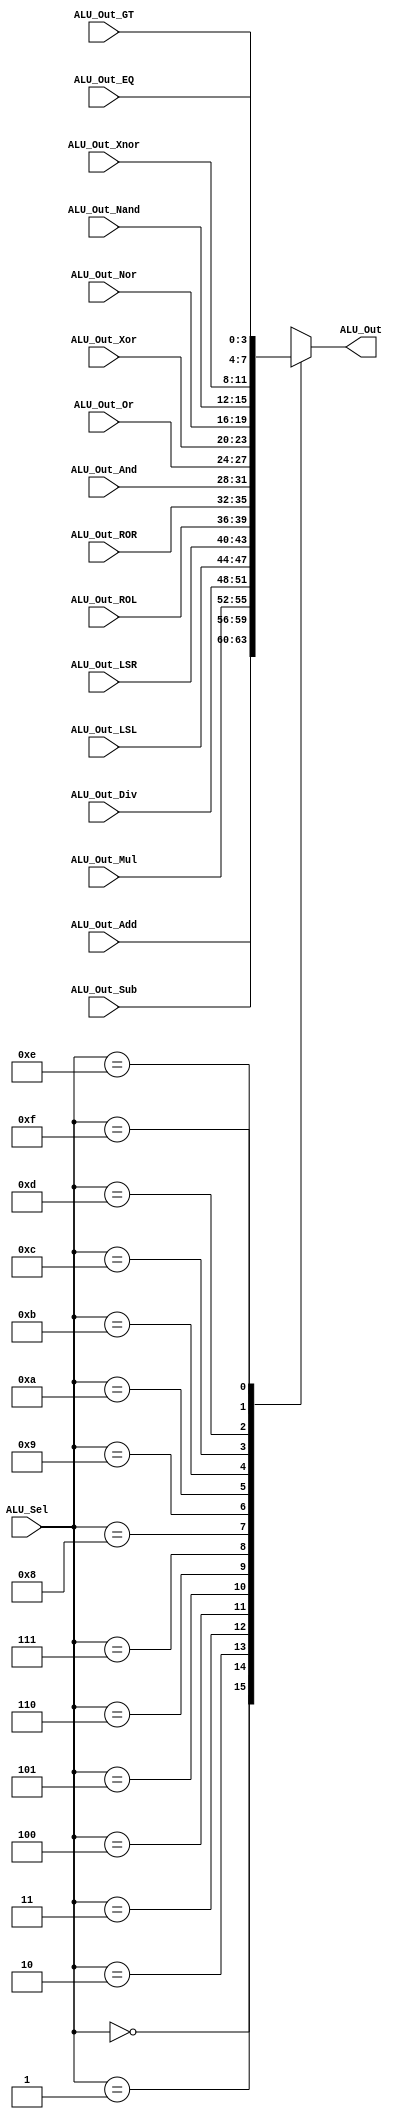
module Selection(
output [3:0] ALU_Out,
input [3:0] ALU_Sel,
input [3:0] ALU_Out_Add,
input [3:0] ALU_Out_Sub,
input [3:0] ALU_Out_Mul,
input [3:0] ALU_Out_Div,
input [3:0] ALU_Out_LSL,
input [3:0] ALU_Out_LSR,
input [3:0] ALU_Out_ROL,
input [3:0] ALU_Out_ROR,
input [3:0] ALU_Out_And,
input [3:0] ALU_Out_Or,
input [3:0] ALU_Out_Xor,
input [3:0] ALU_Out_Nor,
input [3:0] ALU_Out_Nand,
input [3:0] ALU_Out_Xnor,
input [3:0] ALU_Out_GT,
input [3:0] ALU_Out_EQ);

assign ALU_Out = ALU_Result;
reg [3:0] ALU_Result;
always @(*)
begin
case(ALU_Sel)
4'b0000: // Addition
ALU_Result = ALU_Out_Add ;
4'b0001: // Subtraction
ALU_Result = ALU_Out_Sub ;
4'b0010: // Multiplication
ALU_Result = ALU_Out_Mul;
4'b0011: // Division
ALU_Result = ALU_Out_Div;
4'b0100: // Logical shift left
ALU_Result = ALU_Out_LSL;
4'b0101: // Logical shift right
ALU_Result = ALU_Out_LSR;
4'b0110: // Rotate left
ALU_Result = ALU_Out_ROL;
4'b0111: // Rotate right
ALU_Result = ALU_Out_ROR;
4'b1000: // Logical and
ALU_Result = ALU_Out_And;
4'b1001: // Logical or
ALU_Result = ALU_Out_Or;
4'b1010: // Logical xor
ALU_Result = ALU_Out_Xor;
4'b1011: // Logical nor
ALU_Result = ALU_Out_Nor;
4'b1100: // Logical nand
ALU_Result = ALU_Out_Nand;
4'b1101: // Logical xnor
ALU_Result = ALU_Out_Xnor;
4'b1110: // Greater comparison
ALU_Result = ALU_Out_GT ;
4'b1111: // Equal comparison
ALU_Result = ALU_Out_EQ ;
default: ALU_Result = ALU_Out_Add;
endcase
end
endmodule